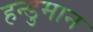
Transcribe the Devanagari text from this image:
हन्डुमान